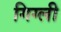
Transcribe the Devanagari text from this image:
गिग्ली